Laimjala_vallavalitsus, lk 29
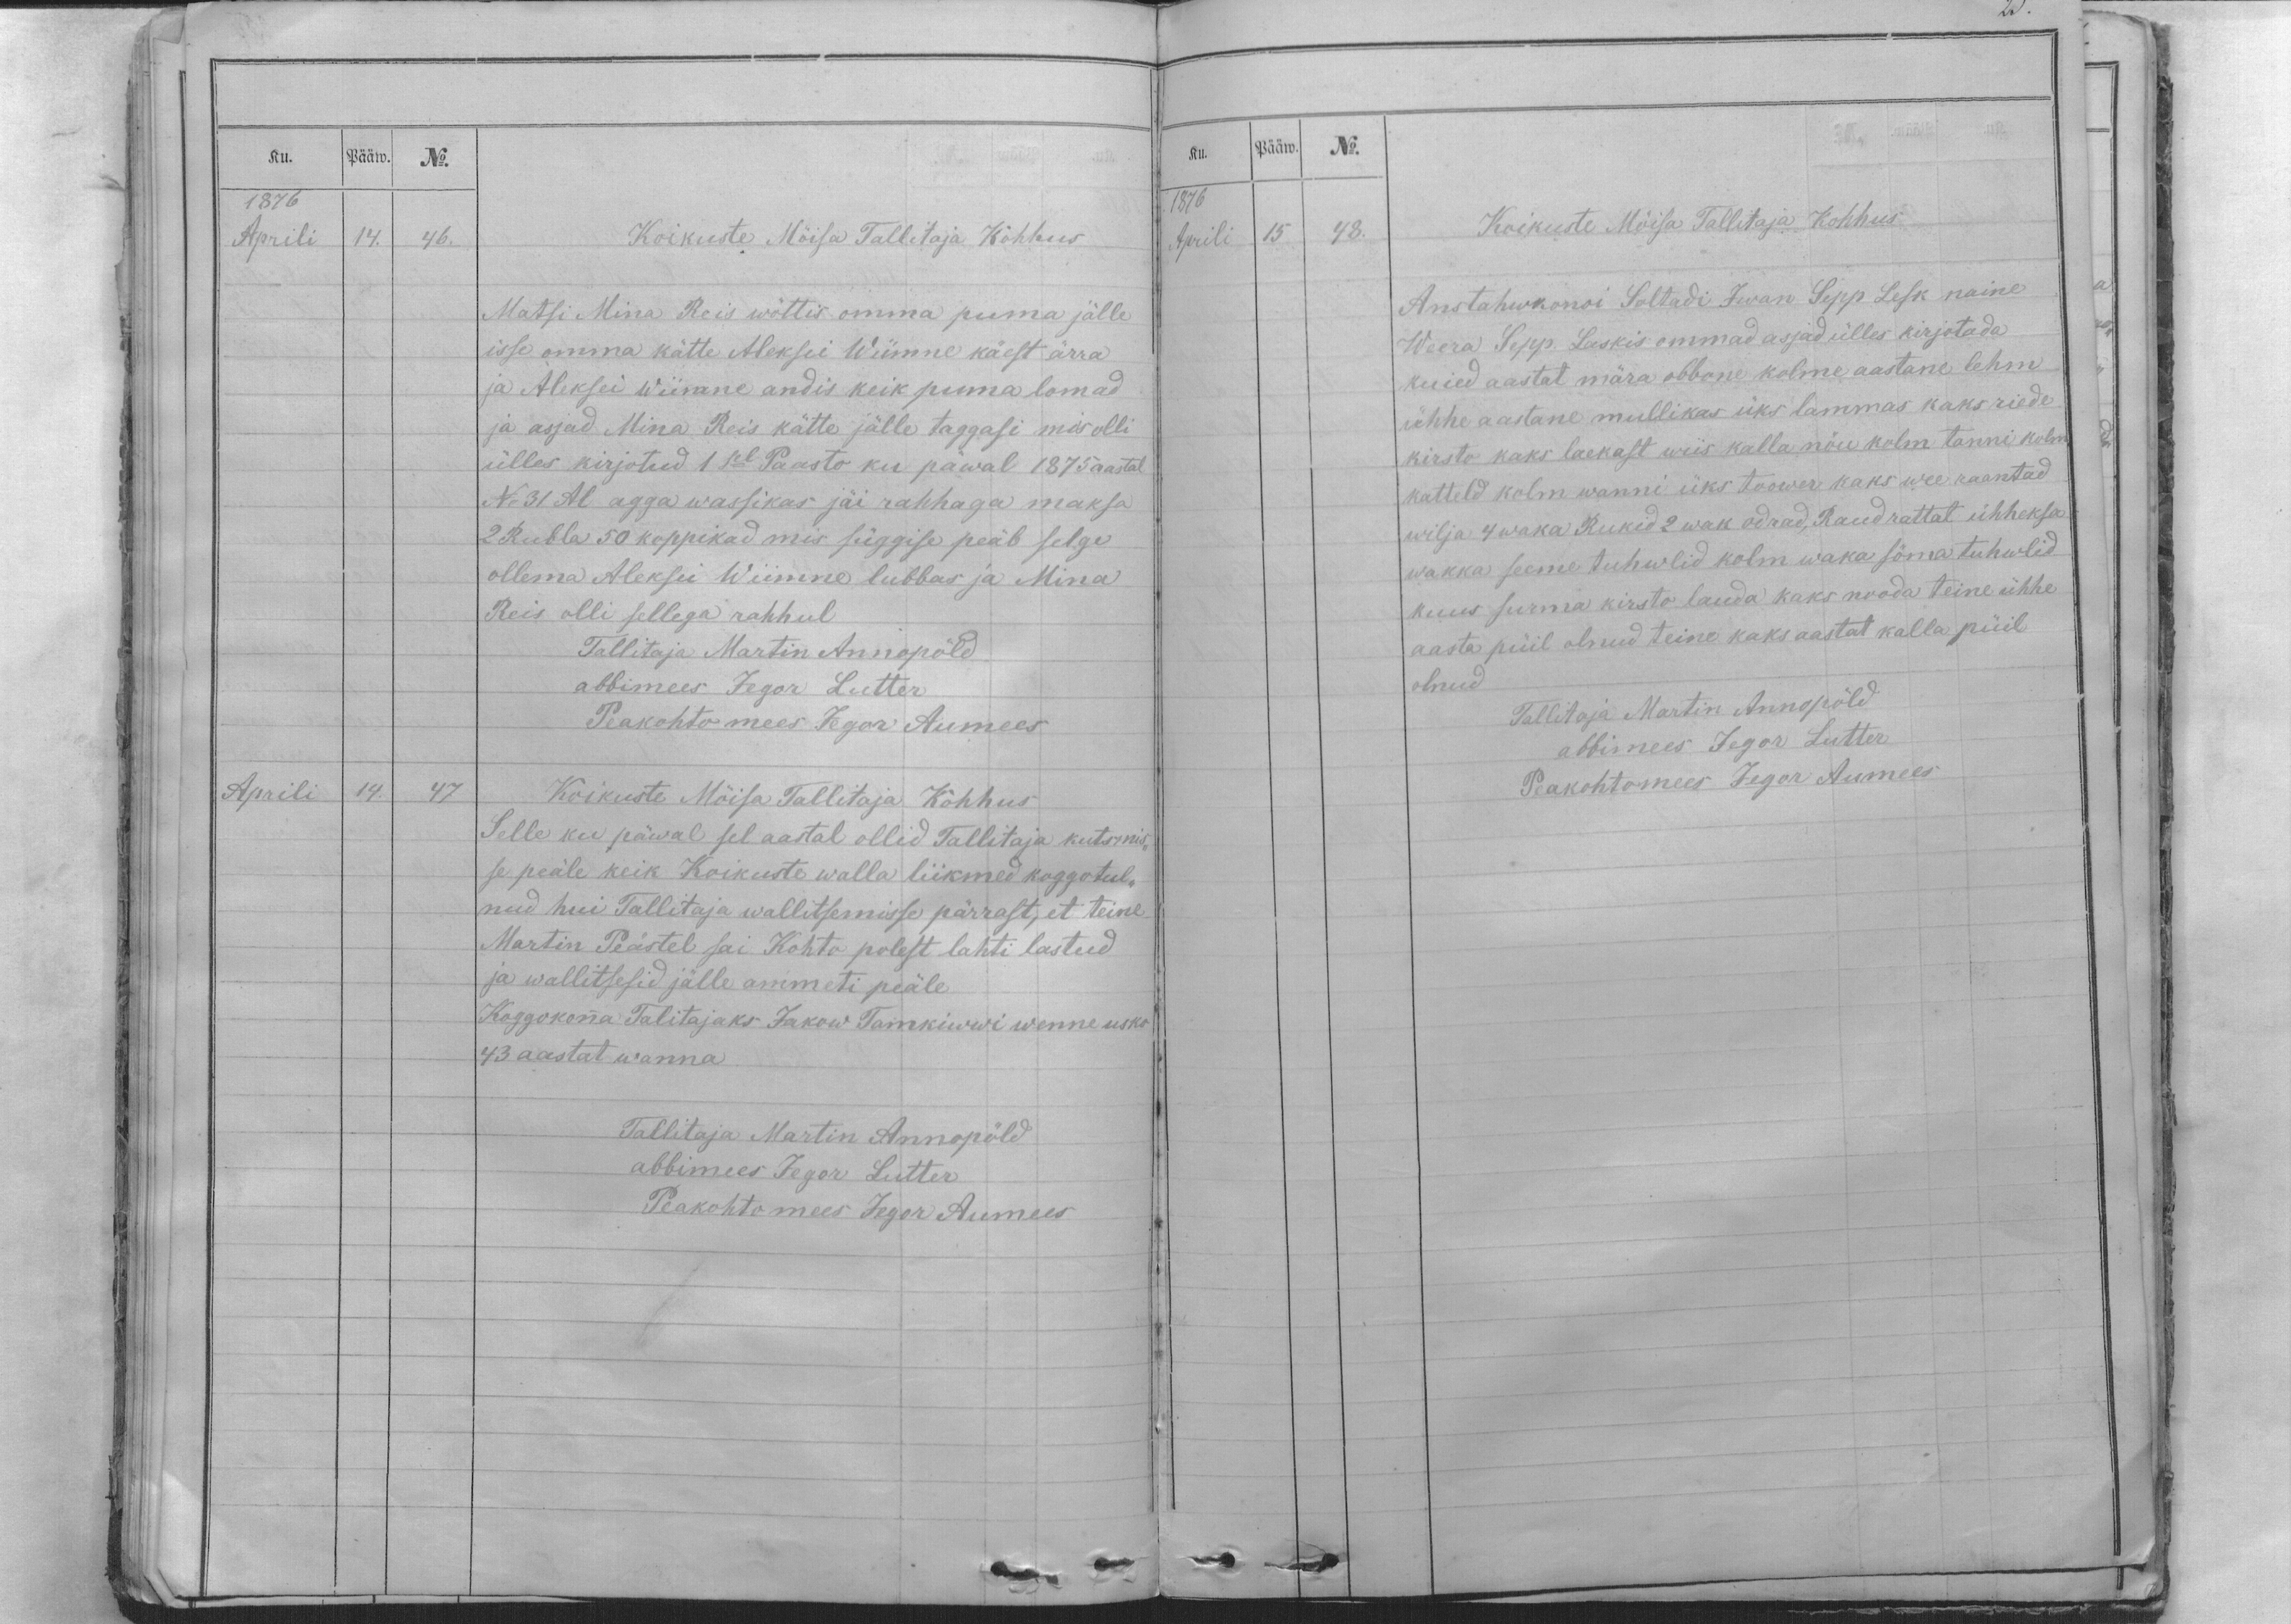
Ku.
Pääw.
No.
1876
Aprili
14.
46.
Koikuste Möisa Tallitaja Kohhus
Matsi Mina Reis wõttis omma puma jälle
isse omma kätte Aleksei Wiimne käest ärra
ja Aleksei wiimne andis keik puma lomad
ja asjad Mina Reis kätte jälle taggasi mis olli
ülles kirjotud 1sel Paasto ku päwal 1875 aastal
No 31 Al agga wassikas jäi rahhaga maksa
2 Rubla 50 koppikad mis süggise peäb selge
ollema Aleksei Wiimne lubbas ja Mina
Reis olli sellega rahhul
Tallitaja Martin Annopöld
abbimees Jegor Lutter
Peakohto mees Jegor Aumees
Aprili
14.
47
Koikuste Möisa Tallitaja Kohhus
Selle ku päwal sel aastal ollid Tallitaja kutsmis-
se peäle keik Koikuste walla liikmed koggotul-
nud hui Tallitaja wallitsemisse pärrast, et teine
Martin Peästel sai Kohto polest lahti lastud
ja wallitsesid jälle ammeti peäle
Koggokonna Talitajaks Jakow Tamkiwwi wenne usko
43 aastat wanna
Tallitaja Martin Annopöld
abbimees Jegor Lutter
Peakohto mees Jegor Aumees

Ku.
Pääw.
No.
1876
Aprili
15
48.
Koikuste Möisa Tallitaja Kohhus
Anstahwkonoi Soltadi Iwan Sepp Lesk naine
Weera Sepp. Laskis ommad asjad ülles kirjotada
kuied aastat mära obbone kolme aastane lehm
ühhe aastane mullikas üks lammas kaks riede
kirsto kaks laekast wiis kalla nöu kolm tanni kolm
katteld kolm wanni üks toower kaks wee raantad
wilja 4 waka Rukid 2 wak odrad, Raud rattat ühheksa
wakka seeme tuhwlid kolm waka söma tuhwlid
kuus surma kirsto lauda kaks nooda teine ühhe
aasta püil olnud teine kaks aastat kalla püil
olnud
Tallitaja Martin Annopöld
abbimees Jegor Lutter
Peakohtomees Jegor Aumees